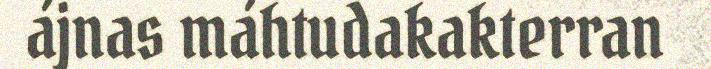
ájnas máhtudakakterran